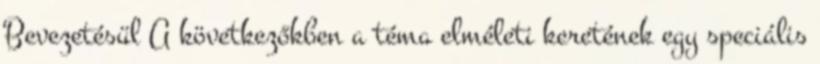
Bevezetésül A következőkben a téma elméleti keretének egy speciális